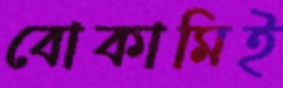
বোকামিই